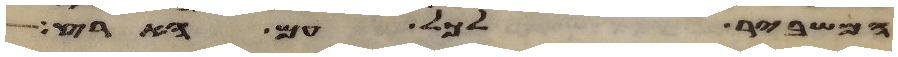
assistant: המשביר לכל עם הארץ